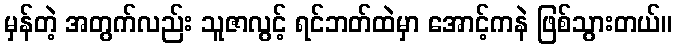
မှန်တဲ့ အတွက်လည်း သူဇာလွင့် ရင်ဘတ်ထဲမှာ အောင့်ကနဲ ဖြစ်သွားတယ်။